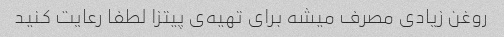
روغن زیادی مصرف میشه برای تهیه‌ی پیتزا لطفا رعایت کنید